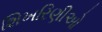
શિખરિણીઓ